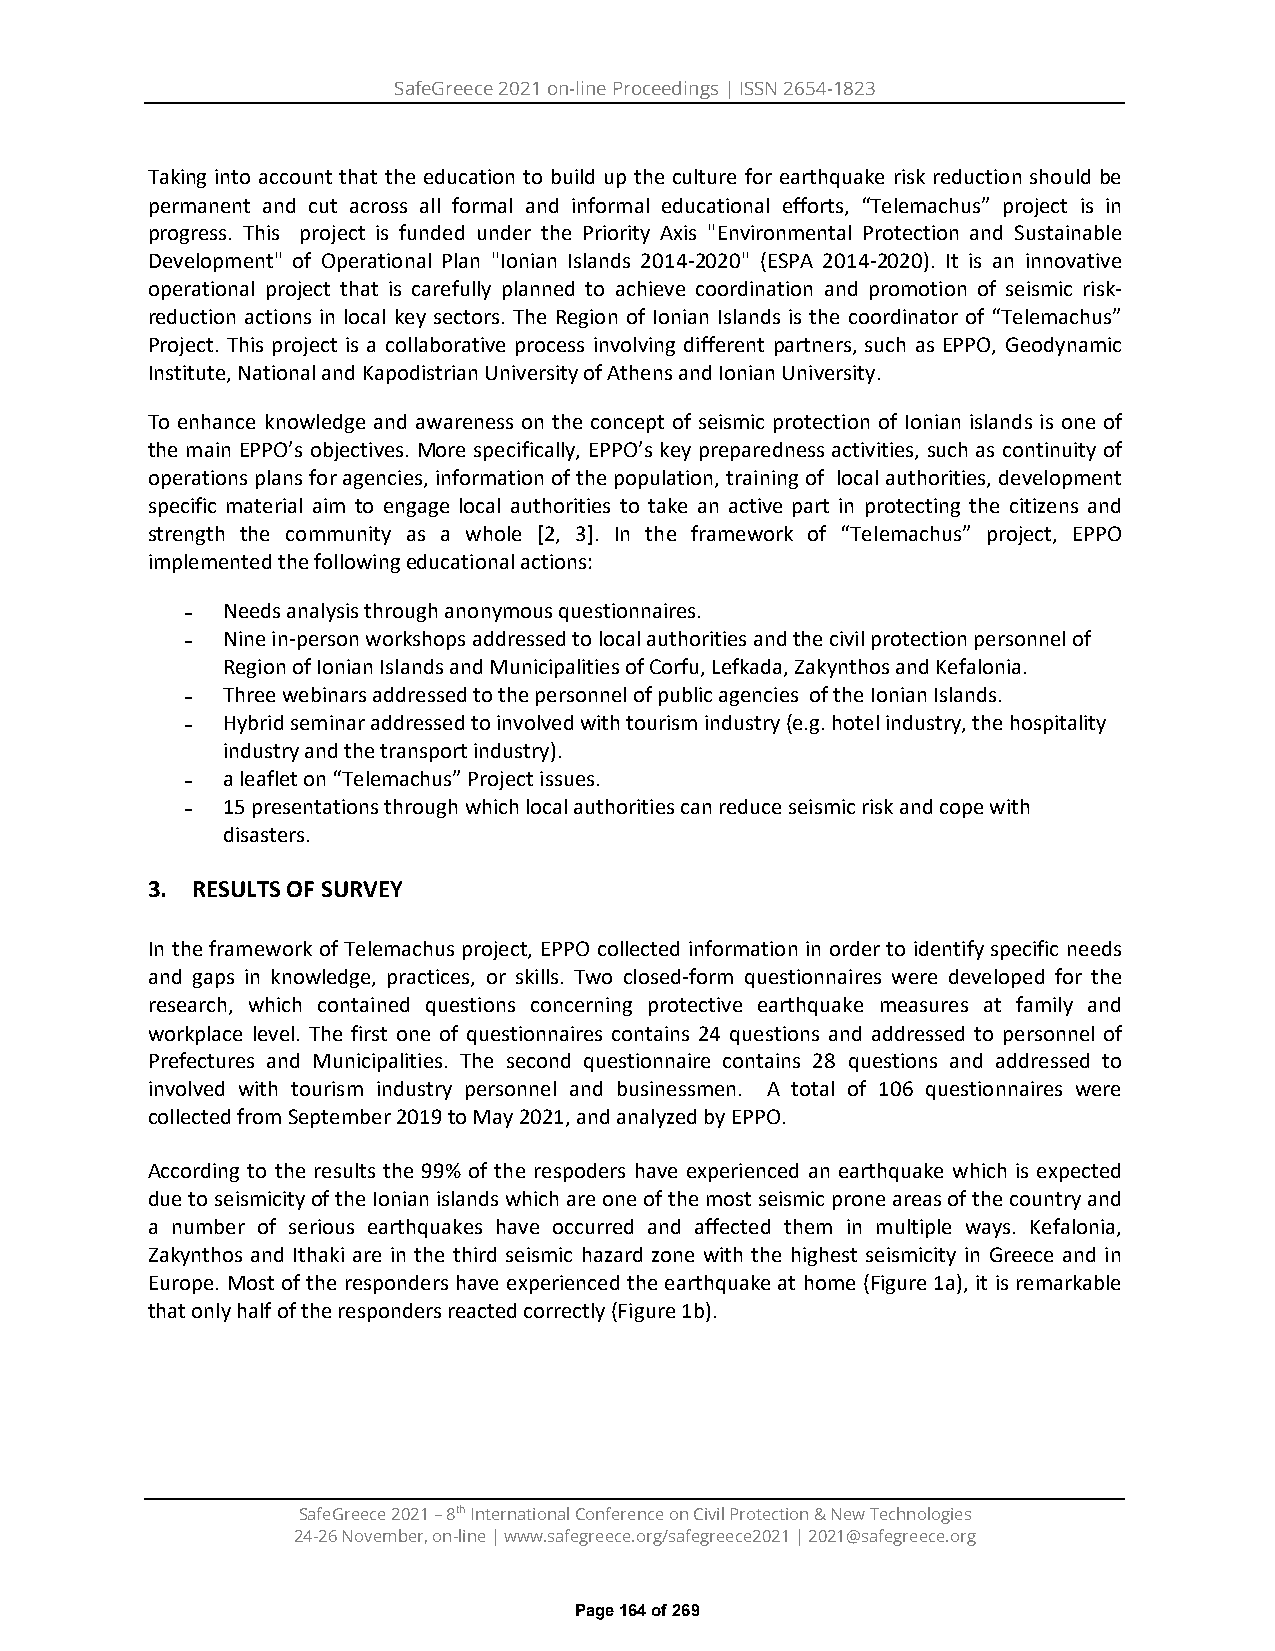
SafeGreece 2021 on-line Proceedings | ISSN 2654-1823
 Taking into account that the education to build up the culture for earthquake risk reduction should be
 permanent and cut across all formal and informal educational efforts, “Telemachus” project is in
 progress. This project is funded under the Priority Axis "Environmental Protection and Sustainable
 Development" of Operational Plan "Ionian Islands 2014-2020" (ESPA 2014-2020). It is an innovative
 operational project that is carefully planned to achieve coordination and promotion of seismic risk-
 reduction actions in local key sectors. The Region of Ionian Islands is the coordinator of “Telemachus”
 Project. This project is a collaborative process involving different partners, such as EPPO, Geodynamic
 Institute, National and Kapodistrian University of Athens and Ionian University.
 To enhance knowledge and awareness on the concept of seismic protection of Ionian islands is one of
 the main EPPO’s objectives. More specifically, EPPO’s key preparedness activities, such as continuity of
 operations plans for agencies, information of the population, training of local authorities, development
 specific material aim to engage local authorities to take an active part in protecting the citizens and
 strength the community as a whole [2, 3]. In the framework of “Telemachus” project, EPPO
 implemented the following educational actions:
 ˗  Needs analysis through anonymous questionnaires.
 ˗  Nine in-person workshops addressed to local authorities and the civil protection personnel of
 Region of Ionian Islands and Municipalities of Corfu, Lefkada, Zakynthos and Kefalonia.
 ˗  Three webinars addressed to the personnel of public agencies of the Ionian Islands.
 ˗  Hybrid seminar addressed to involved with tourism industry (e.g. hotel industry, the hospitality
 industry and the transport industry).
 ˗  a leaflet on “Telemachus” Project issues.
 ˗  15 presentations through which local authorities can reduce seismic risk and cope with
 disasters.
 3. RESULTS OF SURVEY
 In the framework of Telemachus project, EPPO collected information in order to identify specific needs
 and gaps in knowledge, practices, or skills. Two closed-form questionnaires were developed for the
 research, which contained questions concerning protective earthquake measures at family and
 workplace level. The first one of questionnaires contains 24 questions and addressed to personnel of
 Prefectures and Municipalities. The second questionnaire contains 28 questions and addressed to
 involved with tourism industry personnel and businessmen. A total of 106 questionnaires were
 collected from September 2019 to May 2021, and analyzed by EPPO.
 According to the results the 99% of the respoders have experienced an earthquake which is expected
 due to seismicity of the Ionian islands which are one of the most seismic prone areas of the country and
 a number of serious earthquakes have occurred and affected them in multiple ways. Kefalonia,
 Zakynthos and Ithaki are in the third seismic hazard zone with the highest seismicity in Greece and in
 Europe. Most of the responders have experienced the earthquake at home (Figure 1a), it is remarkable
 that only half of the responders reacted correctly (Figure 1b).
 SafeGreece 2021 – 8th International Conference on Civil Protection & New Technologies
 24-26 November, on-line | www.safegreece.org/safegreece2021 | 2021@safegreece.org
 Page 164 of 269